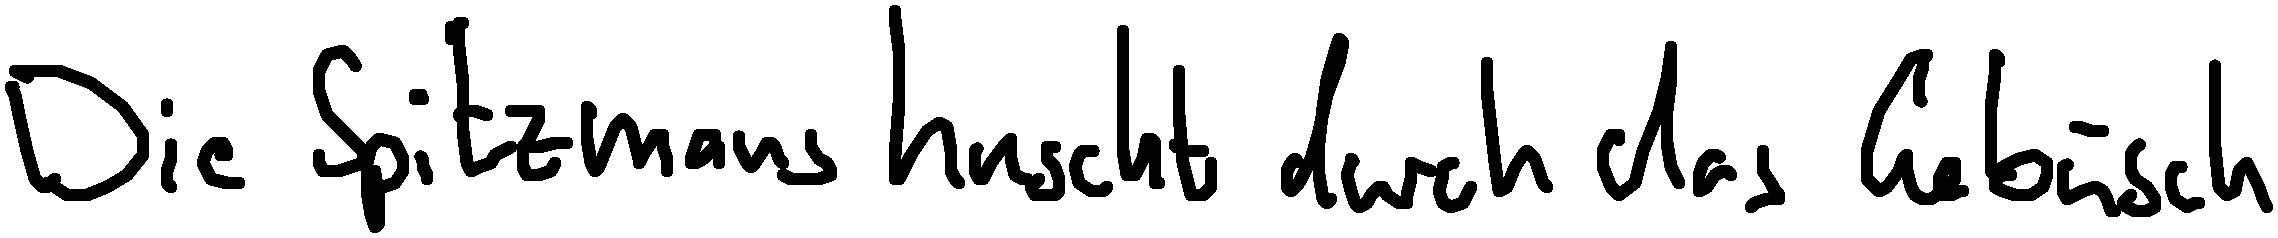
Die Spitzmaus huscht durch das Gebüsch.